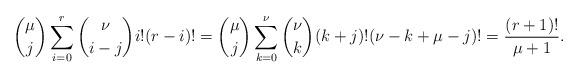
LaTeX: \begin{align*}{\mu\choose j}\sum^r_{i=0}{\nu\choose i-j}i!(r-i)!={\mu\choose j}\sum^\nu_{k=0}{\nu\choose k}(k+j)!(\nu-k+\mu-j)!=\frac{(r+1)!}{\mu+1}.\end{align*}